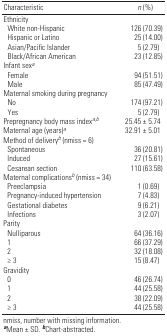
<table><thead><tr><td><b>Characteristic</b></td><td><b><i>n</i> (%) </b></td></tr></thead><tbody><tr><td><b>Ethnicity</b></td></tr><tr><td><b>White non-Hispanic</b></td><td>126 (70.39)</td></tr><tr><td><b>Hispanic or Latino</b></td><td>25 (14.00)</td></tr><tr><td><b>Asian/Pacific Islander</b></td><td>5 (2.79)</td></tr><tr><td><b>Black/African American</b></td><td>23 (12.85)</td></tr><tr><td><b>Infant sex<sup><i>a</i></sup></b></td></tr><tr><td><b>Female</b></td><td>94 (51.51)</td></tr><tr><td><b>Male</b></td><td>85 (47.49)</td></tr><tr><td><b>Maternal smoking during pregnancy</b></td></tr><tr><td><b>No</b></td><td>174 (97.21)</td></tr><tr><td><b>Yes</b></td><td>5 (2.79)</td></tr><tr><td><b>Prepregnancy body mass index<sup><i>a,b</i></sup></b></td><td>25.45 ± 5.74</td></tr><tr><td><b>Maternal age (years)<sup><i>a</i></sup></b></td><td>32.91 ± 5.01</td></tr><tr><td><b>Method of delivery<sup><i>b</i></sup> (nmiss = 6)</b></td></tr><tr><td><b>Spontaneous</b></td><td>36 (20.81)</td></tr><tr><td><b>Induced</b></td><td>27 (15.61)</td></tr><tr><td><b>Cesarean section</b></td><td>110 (63.58)</td></tr><tr><td><b>Maternal complications<sup><i>b</i></sup> (nmiss = 34)</b></td></tr><tr><td><b>Preeclampsia</b></td><td>1 (0.69)</td></tr><tr><td><b>Pregnancy-induced hypertension</b></td><td>7 (4.83)</td></tr><tr><td><b>Gestational diabetes</b></td><td>9 (6.21)</td></tr><tr><td><b>Infections</b></td><td>3 (2.07)</td></tr><tr><td><b>Parity </b></td></tr><tr><td><b>Nulliparous </b></td><td>64 (36.16)</td></tr><tr><td><b>1</b></td><td>66 (37.29)</td></tr><tr><td><b>2</b></td><td>32 (18.08)</td></tr><tr><td><b>≥ 3</b></td><td>15 (8.47)</td></tr><tr><td><b>Gravidity</b></td></tr><tr><td><b>0</b></td><td>46 (26.74)</td></tr><tr><td><b>1</b></td><td>44 (25.58)</td></tr><tr><td><b>2</b></td><td>38 (22.09)</td></tr><tr><td><b>≥ 3</b></td><td>44 (25.58)</td></tr><tr><td colspan="2">nmiss, number with missing information. <sup><i><b>a</b></i></sup>Mean ± SD. <sup><i><b>b</b></i></sup>Chart-abstracted. </td></tr></tbody></table>